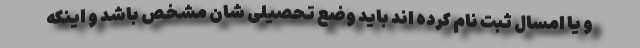
و یا امسال ثبت نام کرده اند باید وضع تحصیلی شان مشخص باشد و اینکه